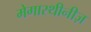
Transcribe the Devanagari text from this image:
मेगास्थीनीज़